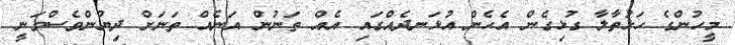
މީހުންގެ ހަޅުތާލާ ގުޅިގެން އެހެން އުޅަނދެއްގައި އެއް ތަނުން އަނެއް ތަނަށް ދިޔުންވެސްވަނީ